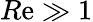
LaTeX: R\mathrm{e}\gg1